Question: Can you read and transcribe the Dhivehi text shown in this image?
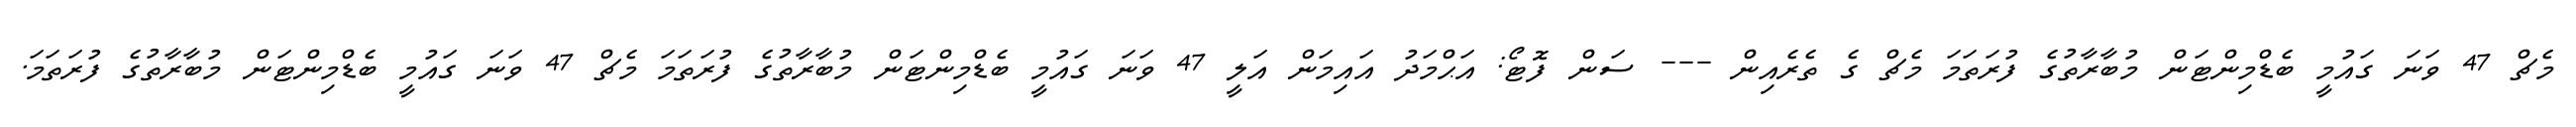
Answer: މެޗް 47 ވަނަ ގައުމީ ބެޑްމިންޓަން މުބާރާތުގެ ފުރަތަމަ މެޗް ގެ ތެރެއިން --- ސަން ފޮޓޯ: އަޙްމަދު އައިމަން އަލީ 47 ވަނަ ގައުމީ ބެޑްމިންޓަން މުބާރާތުގެ ފުރަތަމަ މެޗް 47 ވަނަ ގައުމީ ބެޑްމިންޓަން މުބާރާތުގެ ފުރަތަމަ.